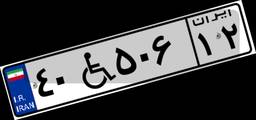
۴۰W۵۰۶۱۲